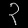
Digit: ၃